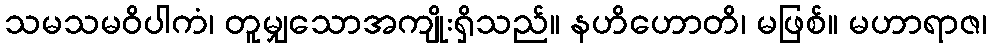
သမသမဝိပါကံ၊ တူမျှသောအကျိုးရှိသည်။ နဟိဟောတိ၊ မဖြစ်။ မဟာရာဇ၊